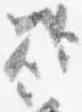
欲